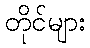
တိုင်များ